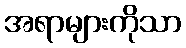
အရာများကိုသာ